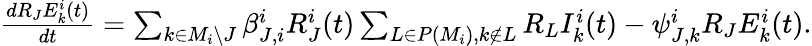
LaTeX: \begin{array}{l}{\frac{dR_{J}E_{k}^{i}(t)}{dt}=\sum_{k\in M_{i}\backslash J}\beta_{J,i}^{i}R_{J}^{i}(t)\sum_{L\in P(M_{i}),k\not\in L}R_{L}I_{k}^{i}(t)-\psi_{J,k}^{i}R_{J}E_{k}^{i}(t).}\end{array}